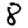
Digit: 8